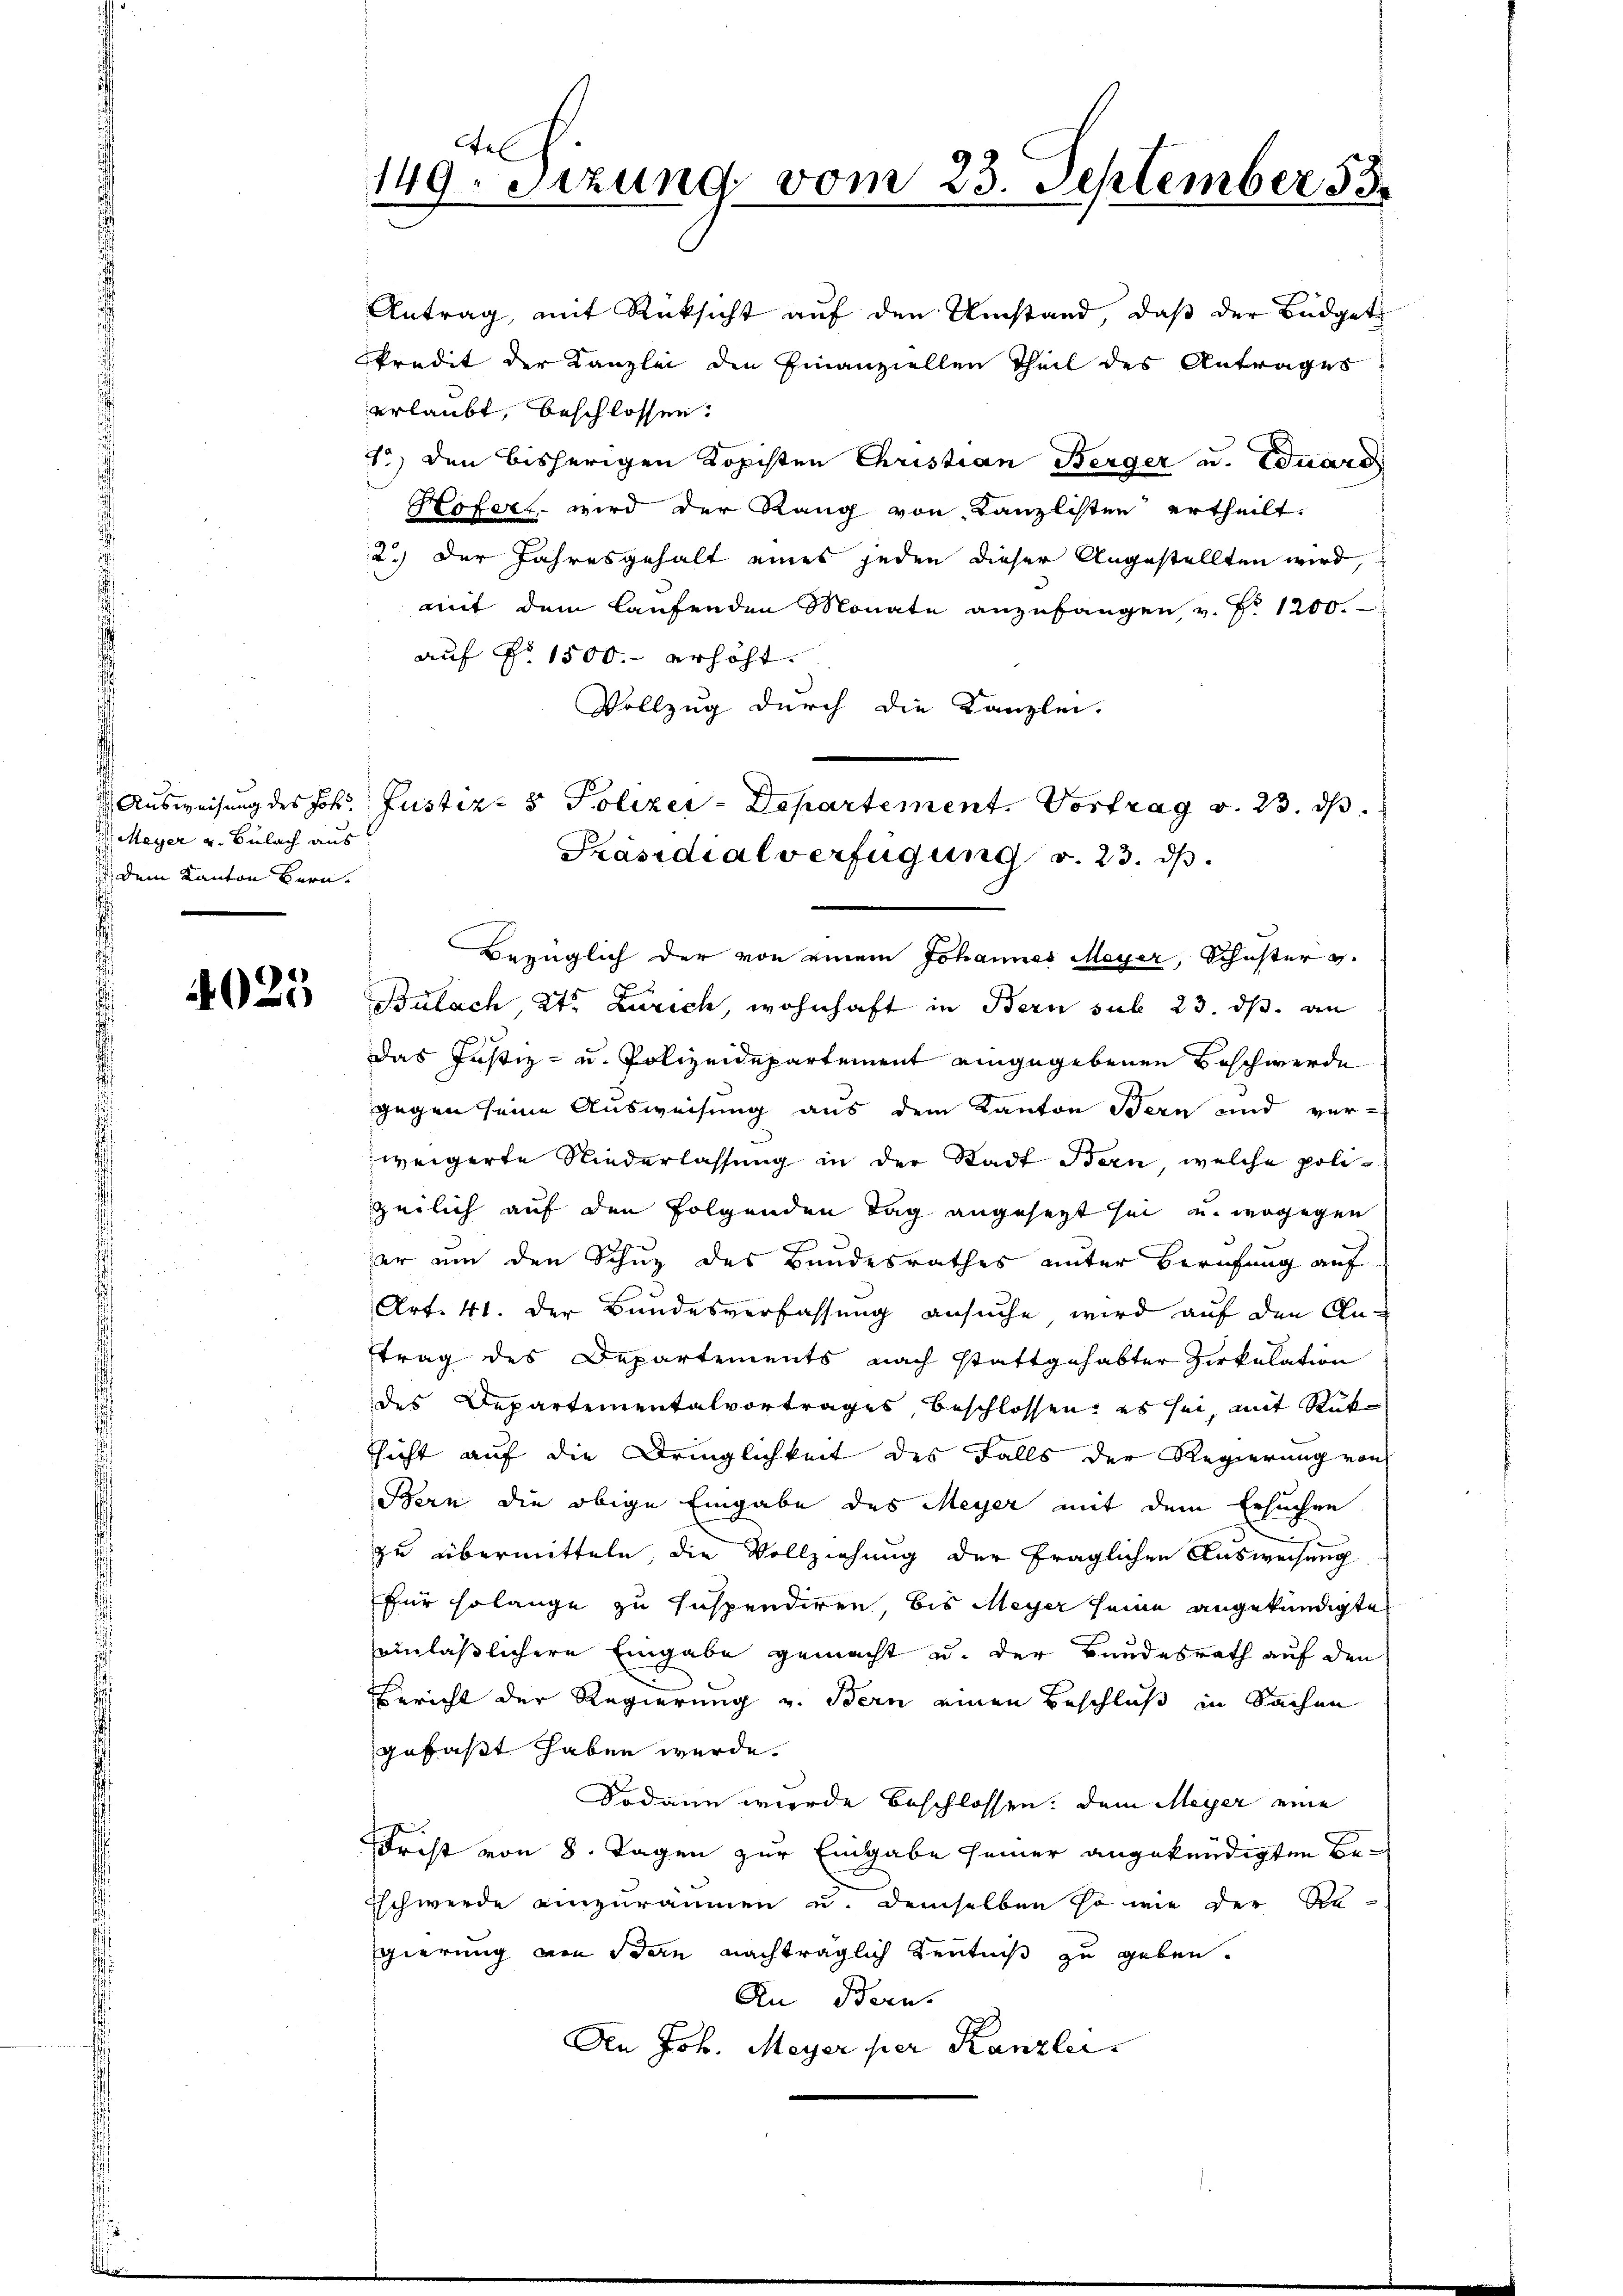
Meyer u. Bülach aus
 dem Kanton Bern.

4025

el
149. Sezung vom 23. September 35.

1.) den bisherigen Kopisten Christian Berger u. Eduard
Hofern wird der Rang von Kanzlisten ertheilt.
2.) Der Jahresgehalt eines jeden dieser Angestellten wird,
mit dem laufenden Monate anzufangen v. P. 1200.
auf No 1500. erhöht.
Vollzug durch die Kanzlei-
Bulach, Kt. Zürich, wohnhaft in Bern sub 23. ds. an
das Justiz- u. Polizeidepartement eingegebenen Beschwerde
gegen seine Ausweisung aus dem Kanton Bern und ver-
weigerte Niederlassung in der Stadt Bern, welche polizeilich auf den folgenden Tag angesezt sei, u. wogegen
er um den Schuz des Bundesrathes unter Berufung auf
Art. 41. Der Bundesverfassung ansuche wird auf den Antrag des Departements nach stattgehabter Zirkulation
des Departementalvortrages, beschlossen, es sei, mit Rüke
sicht auf die Dringlichkeit des Falls der Regierung von
Bern die obige Eingabe des Meyer mit dem Ersuchen
zu übermitteln, die Vollziehung der fraglichen Ausweisung
für solange zu Inspendiren, bis Meyer seine angekündigte
einläßlichere Eingabe gemacht u. der Bundesrath auf den
Bericht der Regierung v. Bern einen Beschluß in Sachen
gefaßt haben werde.
Sodann werde beschlossen, dem Meyer eine
Frist von 8. Tagen zur Eingabe seiner angekündigten Be¬
Eschwerde einzuräumen u. demselben so wie der Resgierung von den nachträglich Kenntniß zu geben.
An. Berns
Den Joh. Meyer per Kanzlei.

Antrag, mit Rücksicht auf den Umstand, daß der Büdgetkredit der Kanzlei die Finanziellen Theil des Antrages
erlaubt, beschlossen:

Ausweisung des Joh. Justiz- & Polizer-Departement. Vortrag v. 23. ds.
Präsidialverfügung v. 23. ds.
Bezüglich der von einem Johannes Meyer, Schuster v.